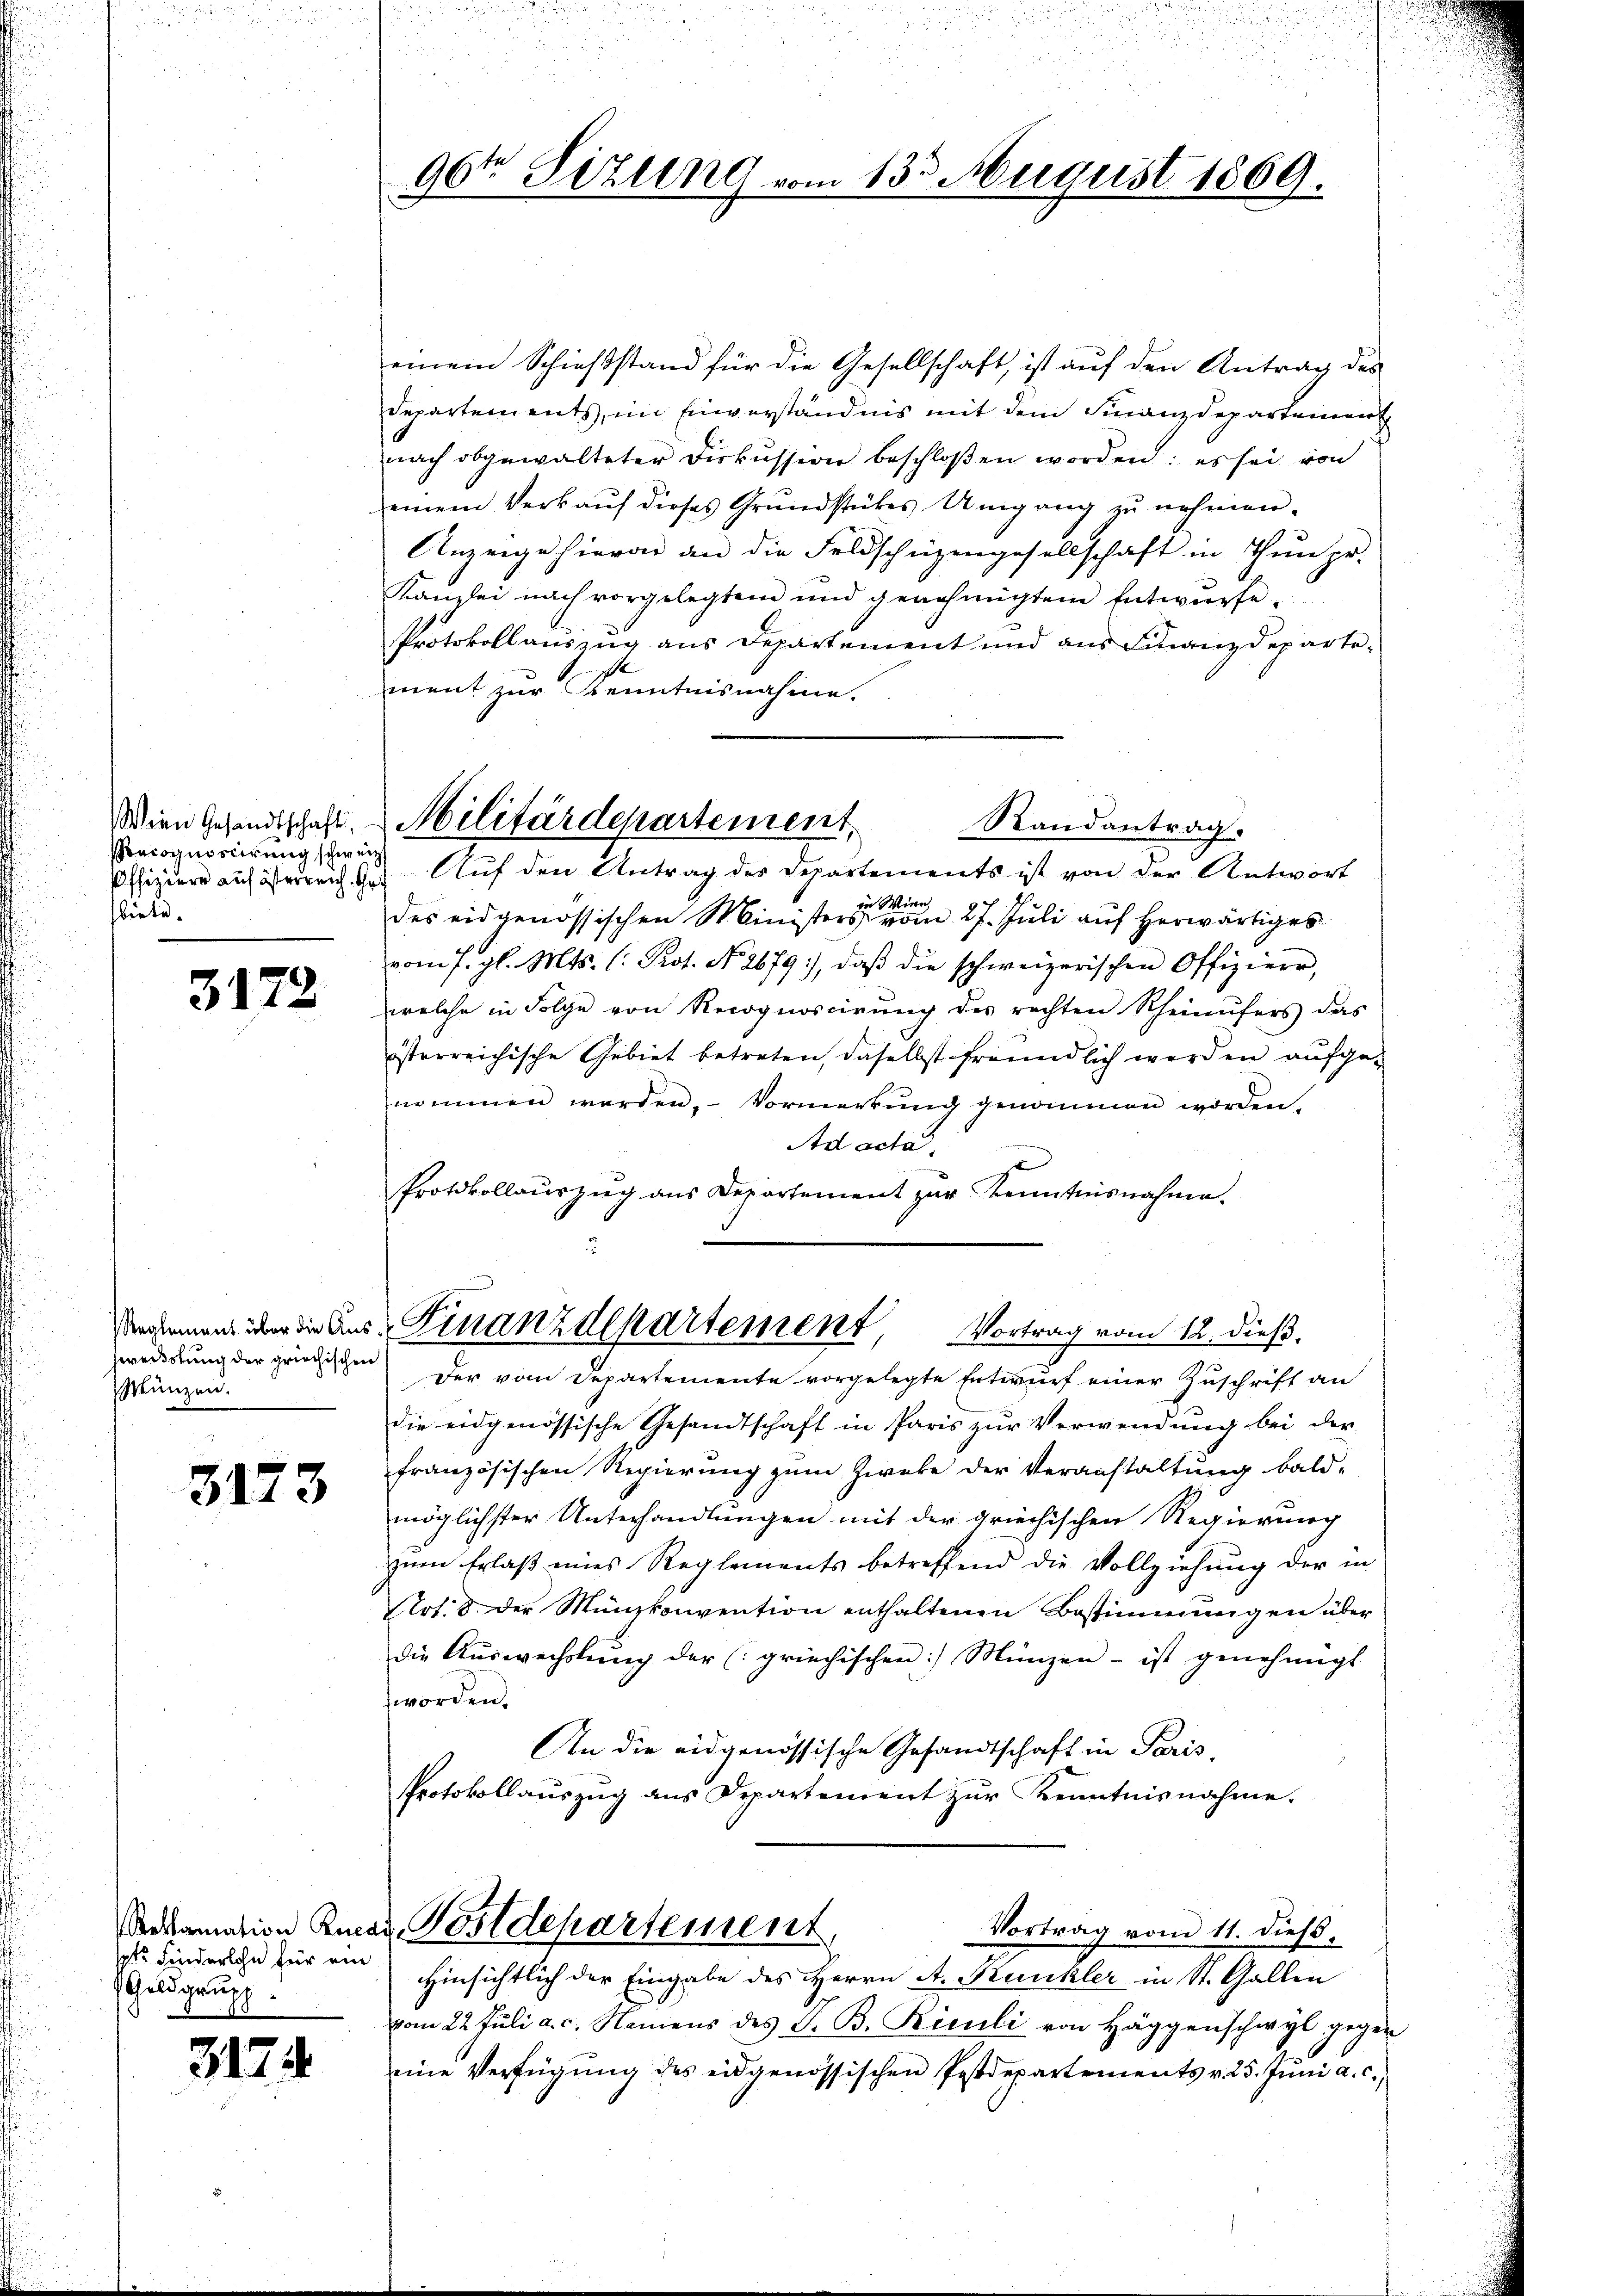
Wein Gesandtschaft.
Recognoscirung schwe
Offiziere auf österreich. G
biete.

3172

Reglement über die Aushweistung der griechischen
Wünzen.

3173

Reklamation Rueg
 Finderlohn für ein
Goldgrupp
5.

317.

einem Schießstand für die Gesellschaft, ist auf den Antrag des
Departements, im Einverständnis mit dem Finanzdeparteinen
nach abgewalteter Diskussion beschloßen worden: es sei von
einem Verkaŭf dieses Grŭndstückes Umgang zŭ nehmen.
Anzeige hievon an die Feldschüzengesellschaft in Thun pr.
Kanzlei nach vorgelegtem und genehmigtem Entwurfe.
Protokollauszug aus Departement und aus Finanzdepartement zur Kenntnisnahme.
Militärdepartement,
Randantrag.
ich
Auf den Antrag des Departements ist von der Antwort
s
des eidgenössischen Ministers eine eine am 27. Juli auf herwärtiges
vom 1. gl. Mts. (: Prot. No. 2679), daβ die schweizerischen Offiziere,
welche in Folge von Recognoscirŭng des rechten Rheinufers das
österreichische Gebiet betreten, daselbst freundlich werden aufgenommen werden. - Vormerkung genommen worden.
Ad acta
b
Protokollauszug aus Departement zur Kenntnisnahme.

t
96. Sizung vom 13. August 1869.

Finanzdepartement
Vortrag vom 12. dieß.

Der vom Departemente vorgelegte Entwurf einer Zuschrift an
die eidgenössische Gesandtschaft in Paris zur Verwendung bei der
französischen Regierung zum Zweke der Veranstaltung bald-
möglichster Unterhandlungen mit der griechischen Regierung
zŭm Erlaβ eines Reglements betreffend die Vollziehŭng der in
rt. 8 der Münzkonvention enthaltenen Bestimmungen über
die Auswechslung der (griechischen Münzen - ist genehmigt
worden.
An die eidgenössische Gesandtschaft in Paris,
Protokollauszug aus Departement zur Kenntnisnahme.

Hinsichtlich der Eingabe des Herrn A. Kunkler in St. Gallen
vom 22. Jŭli a. c. Namens des G. B. Riculi von Häggenschwyl gegen
eine Verfügung des eidgenössischen Postdepartements v. 25. Juni a. c.,

u. Postdepartement
Vortrag vom 11. dieß,